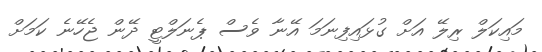
މައިކަލް ރިލޭ އަށް ގުޅައިފިނަމަ އޭނާ ވެސް ޕެނަލްޓީ ދޭން ޖެހޭނެ ކަމަށް